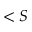
< S